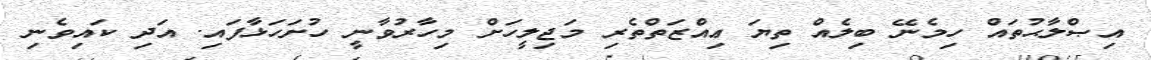
އިޞްލާޙުތައް ހިމެނޭ ބިލެއް ތިޔަ ޢިއްޒަތްތެރި މަޖިލީހަށް މިހާރުވާނީ ހުށަހަޅާފައި. އަދި ކައިވެނި